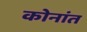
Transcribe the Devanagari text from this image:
कोनांत